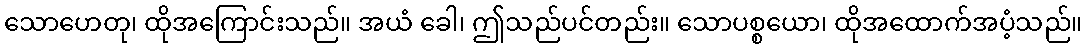
သောဟေတု၊ ထိုအကြောင်းသည်။ အယံ ခေါ၊ ဤသည်ပင်တည်း။ သောပစ္စယော၊ ထိုအထောက်အပံ့သည်။